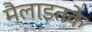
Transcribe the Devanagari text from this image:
मैलाइतके